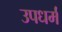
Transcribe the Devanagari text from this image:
उपधर्म